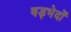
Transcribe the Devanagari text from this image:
षड्भेदों